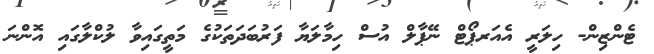
ޓެންޒިން- ހިލަރީ އެއަރޕޯޓް ނޭޕާލް އުސް ހިމާލަޔާ ފަރުބަދަތަކުގެ މަތީގައިވާ ލުކްލާގައި އޮންނަ